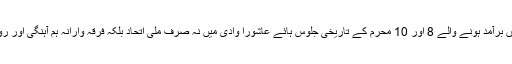
آغا حسن نے کہا کہ لالچوک سرینگر میں برآمد ہونے والے 8 اور 10 محرم کے تاریخی جلوس ہائے عاشورا وادی میں نہ صرف ملی اتحاد بلکہ فرقہ وارانہ ہم آہنگی اور رواداری کی علامتیں تصور کی جاتی ہیں۔